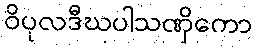
ဝိပုလဒီဃပါသဏှိကော